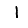
Digit: 1